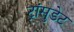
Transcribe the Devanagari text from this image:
ट्रांसुडेट